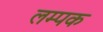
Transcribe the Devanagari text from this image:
लम्पक